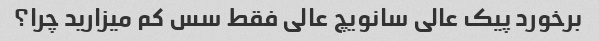
برخورد پیک عالی سانویچ عالی فقط سس کم میزارید چرا؟